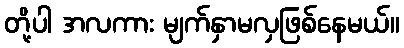
တို့ပါ အလကား မျက်နှာမလှဖြစ်နေမယ်။